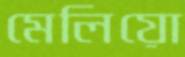
মেলিয়ো